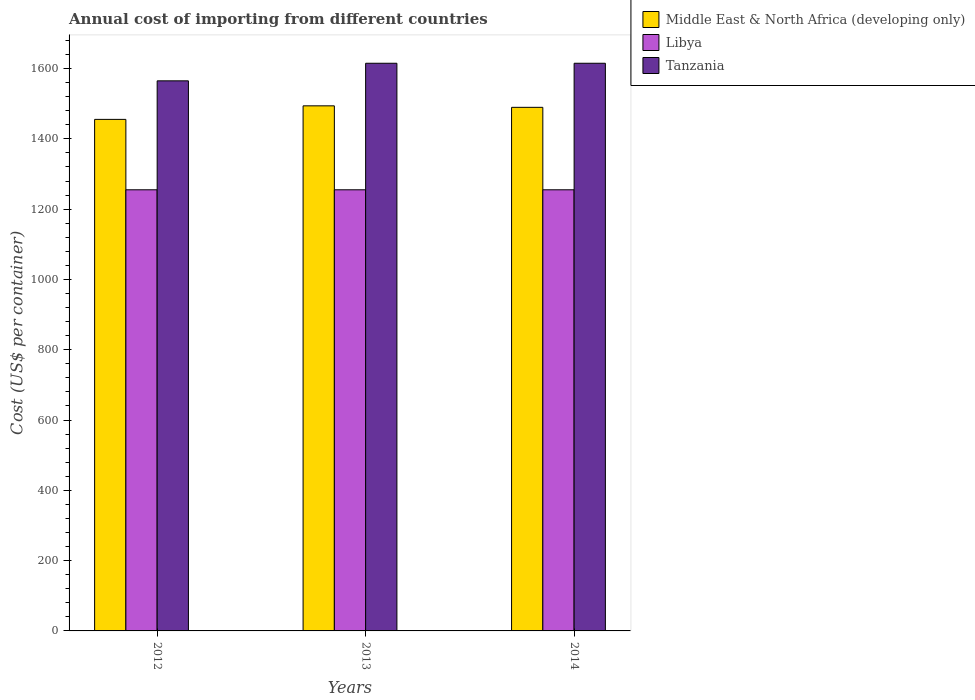
| Years | Middle East & North Africa (developing only) | Libya | Tanzania |
 | --- | --- | --- | --- |
 | 2012 | 1.46e+03 | 1.26e+03 | 1.56e+03 |
 | 2013 | 1.49e+03 | 1.26e+03 | 1.62e+03 |
 | 2014 | 1.49e+03 | 1.26e+03 | 1.62e+03 |